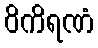
ဝိကိရဏံ